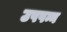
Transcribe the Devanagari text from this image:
उपपन्न